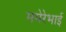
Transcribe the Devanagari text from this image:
ममेरेभाई